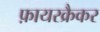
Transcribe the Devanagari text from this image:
फ़ायरक्रैकर